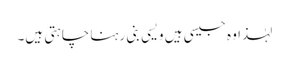
لہٰذا وہ جیسی ہیں ویسی بنی رہنا چاہتی ہیں۔